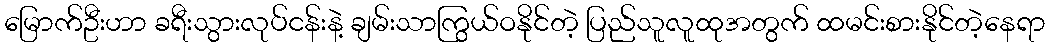
မြောက်ဦးဟာ ခရီးသွားလုပ်ငန်းနဲ့ ချမ်းသာကြွယ်ဝနိုင်တဲ့ ပြည်သူလူထုအတွက် ထမင်းစားနိုင်တဲ့နေရာ